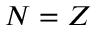
N = Z